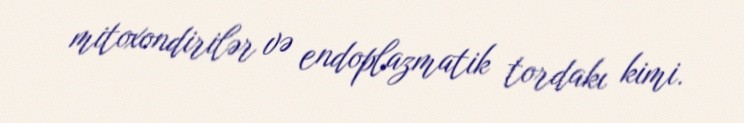
mitoxondirilər və endoplazmatik tordakı kimi.